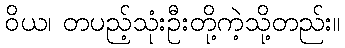
ဝိယ၊ တပည့်သုံးဦးတို့ကဲ့သို့တည်း။